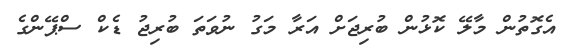
އެގޮތުން މާލޭ ކޮޅުން ބުރިޖަށް އަރާ މަގު ނުވަތަ ބުރިޖު ޑެކް ސްޕޭންގެ